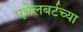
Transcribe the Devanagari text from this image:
एथेलबर्टच्या